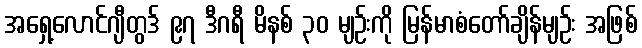
အရှေ့လောင်ဂျီတွဒ် ၉၇ ဒီဂရီ မိနစ် ၃၀ မျဉ်းကို မြန်မာစံတော်ချိန်မျဉ်း အဖြစ်